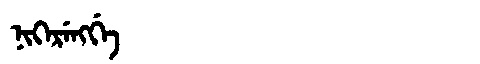
Manchu: ᠨᡳᡴᡝᡵᡝᠩᡤᡝ
Romanization: NIKERENGGE